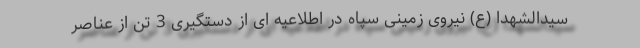
سیدالشهدا (ع) نیروی زمینی سپاه در اطلاعیه ای از دستگیری 3 تن از عناصر